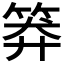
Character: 𥮎